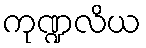
ကုဏ္ဍလိယ